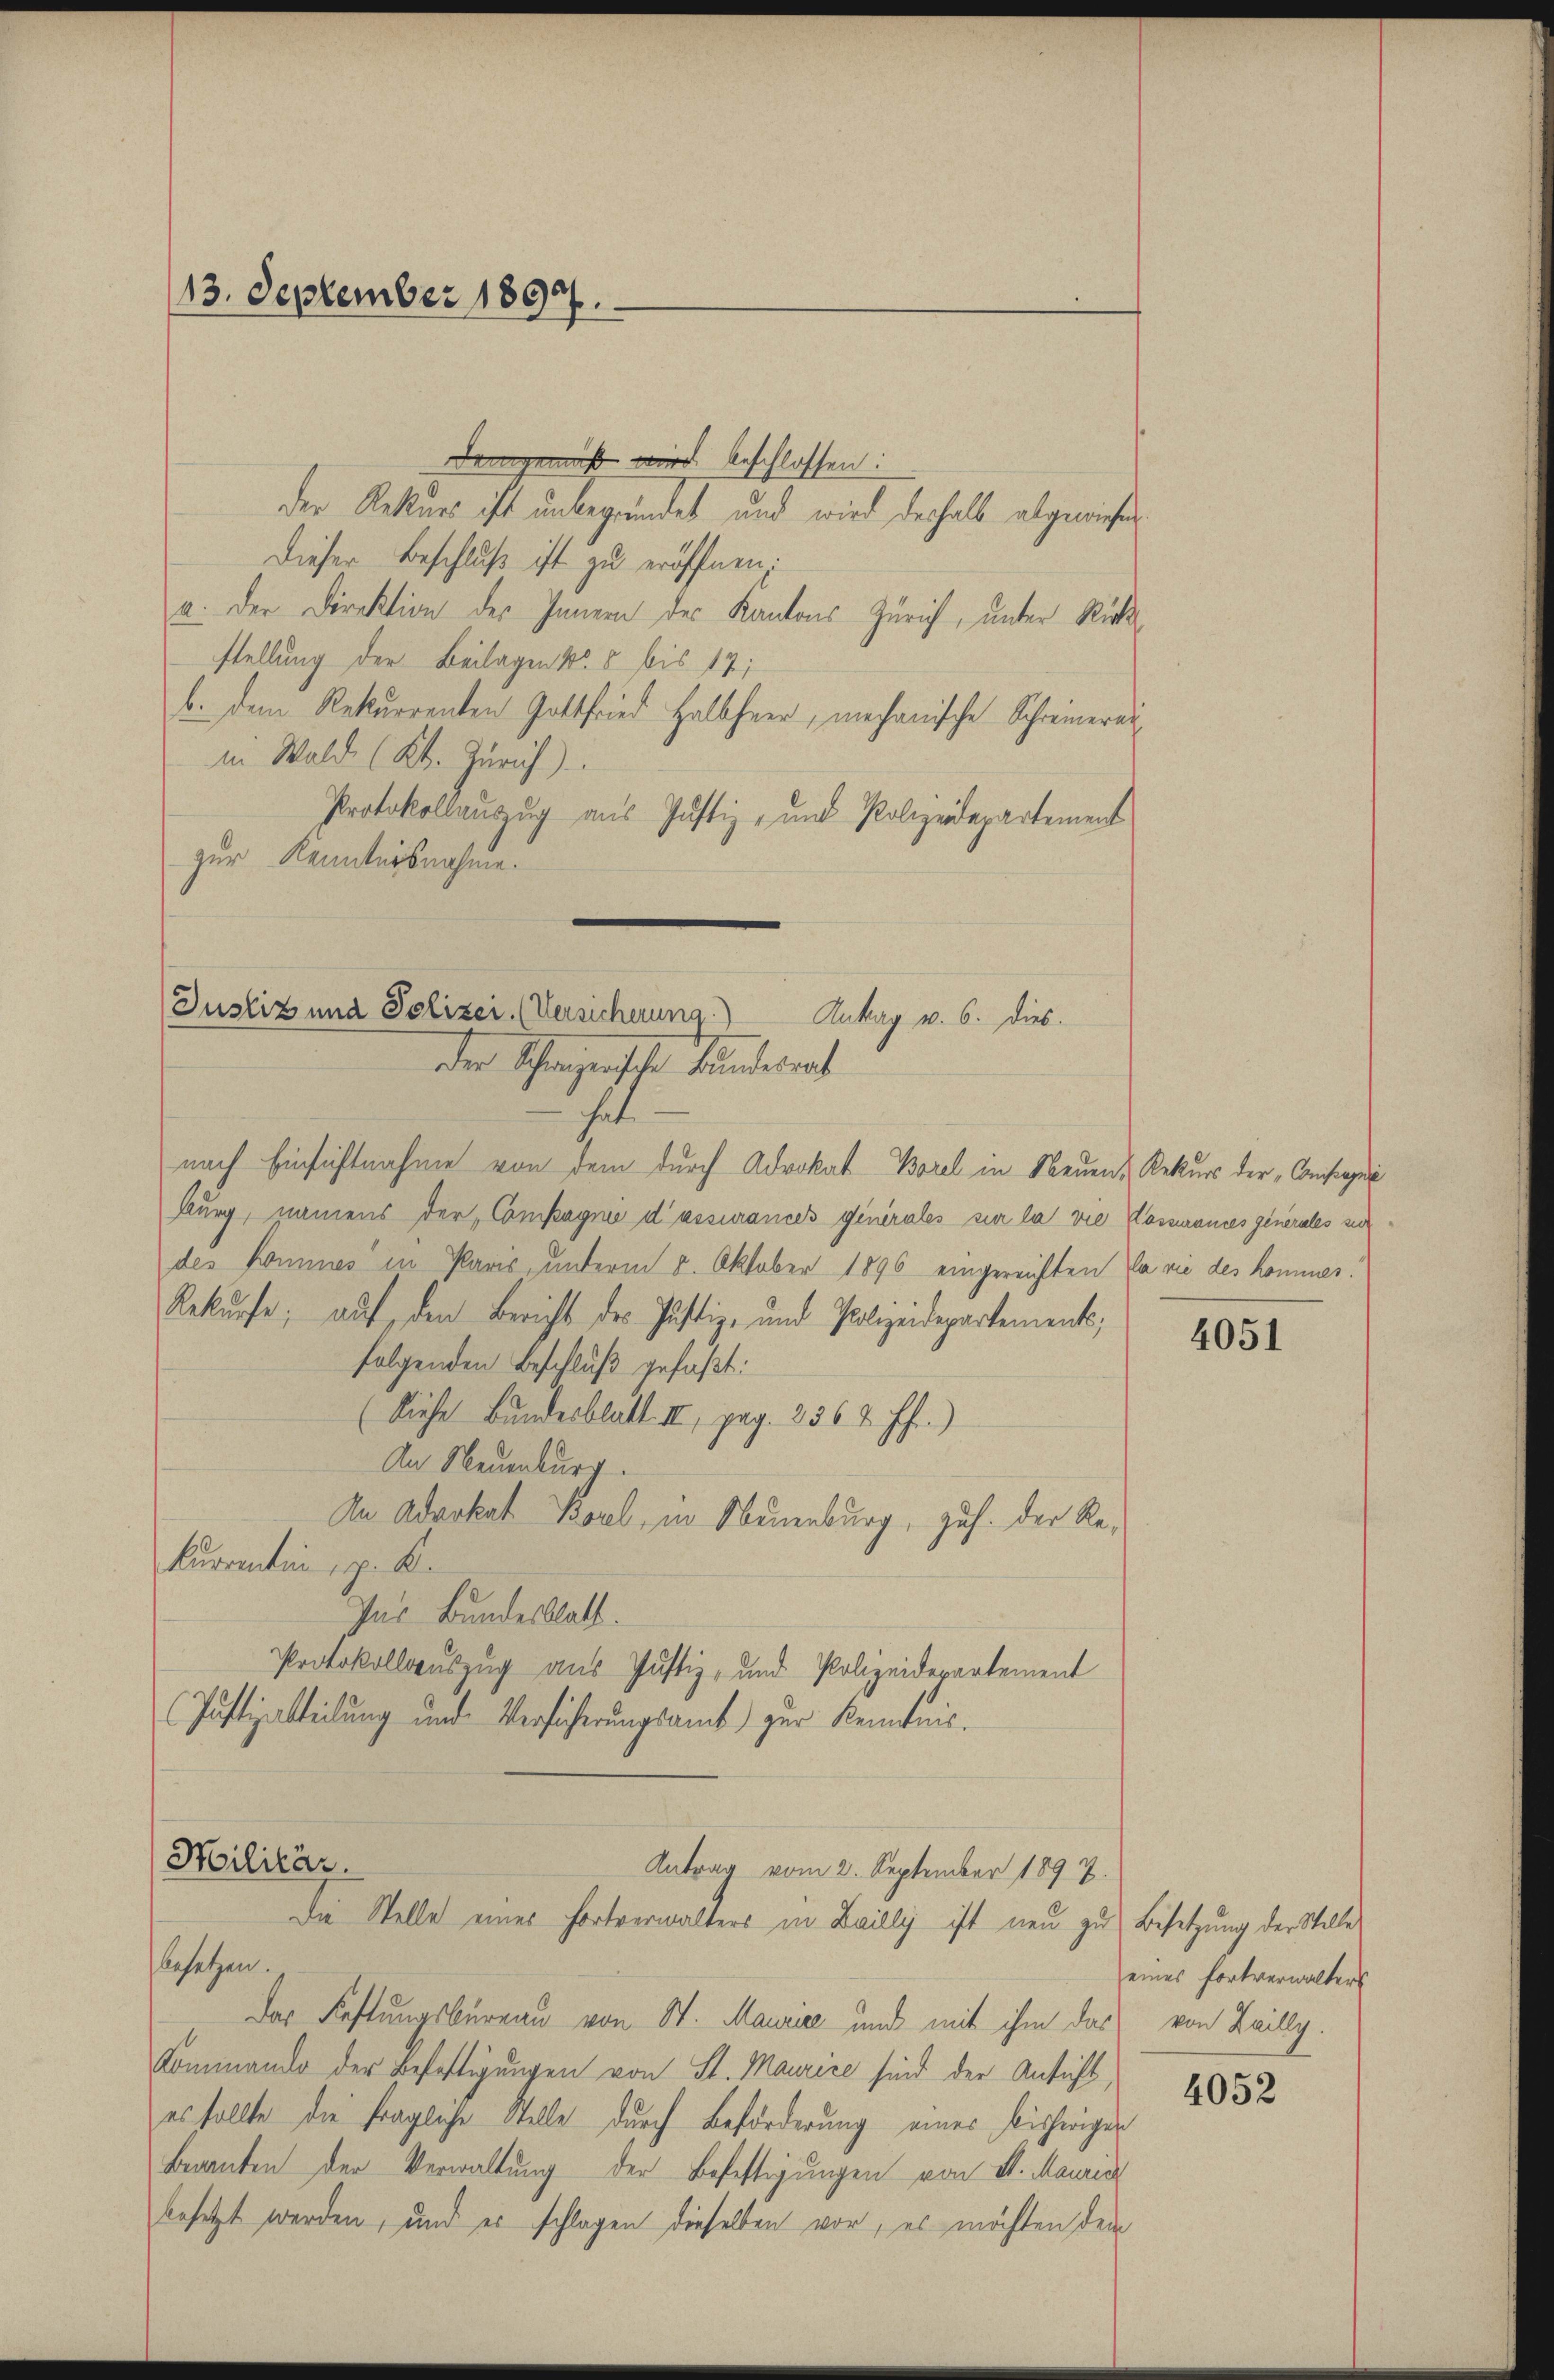
Demgemäß wird beschlossen:
der Rekurs ist unbegründet und wird deshalb abgewiesen
Dieser Beschluß ist zu eröffnen.
u. der Direktion des Innern des Kantons Zürich, unter Rückstellung der Beilagen Nr. 5 bis 17;
b. dem Rekurrenten Gottfried Halbheer, mechanische Schreineranin Wald (Kt. Zürich)
Protokollauszug aus Justiz- und Polizeidepartement
zur Kenntnisnahme.

13. September 1897.

Justiz und Polizei (Versicherung.) Antrag v. 6. dies.
der Schweizerischer Bundesrat

nach Einsichtnahme von dem durch Advokat Borel in Neuen Rekurs der „Consegui
burg, namens der Compagni d’assurances generales sie la vie Kossances generales zur
des kommnes in Paris, unterm 8. Oktober 1896 eingereichten la vie des kommer!
Rekurse; auf den Bericht des Justiz- und Polizeidepartements,
folgenden Beschluß gefaßt:
(Siehe Bundesblatt. II, pag. 2564 ff.)
An Neuenburg.
An Advokat Borel, in Neuenburg, zuf. der Rekurrentin, z. B.
Ins Bundesblatt.
Protokollsauszug aus Justiz- und Polizeidepartement
Justizabteilung und Versicherungsamt zur Kenntnis.

Militär.
Antrag vom 2. September 1897.
Die Stelle eines Fortverwalters in Leilly ist neu zu Besetzung der Stelle

besetzen.
Das Haftungsbureau von St. Maurie und mit ihm das von Leilly.
Kommando der Befettigungen von St. Mairire sind der Ansicht
es sollte die fragliche Stelle durch Beförderung eines bisherigen
Bewanten der Verwaltung der Befestigungen von d. Mauric
besetzt werden, und es schlagen dieselben vor, es möchten dem

4051

eines fortverwalters

4052